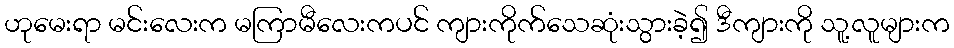
ဟုမေးရာ မင်းလေးက မကြာမီလေးကပင် ကျားကိုက်သေဆုံးသွားခဲ့၍ ဒီကျားကို သူ့လူများက